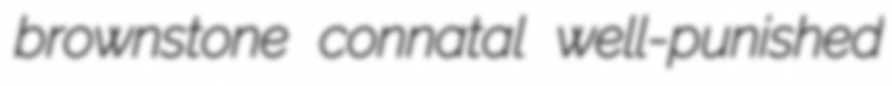
brownstone connatal well-punished